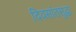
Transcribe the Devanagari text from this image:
दिवसांतसुद्धा